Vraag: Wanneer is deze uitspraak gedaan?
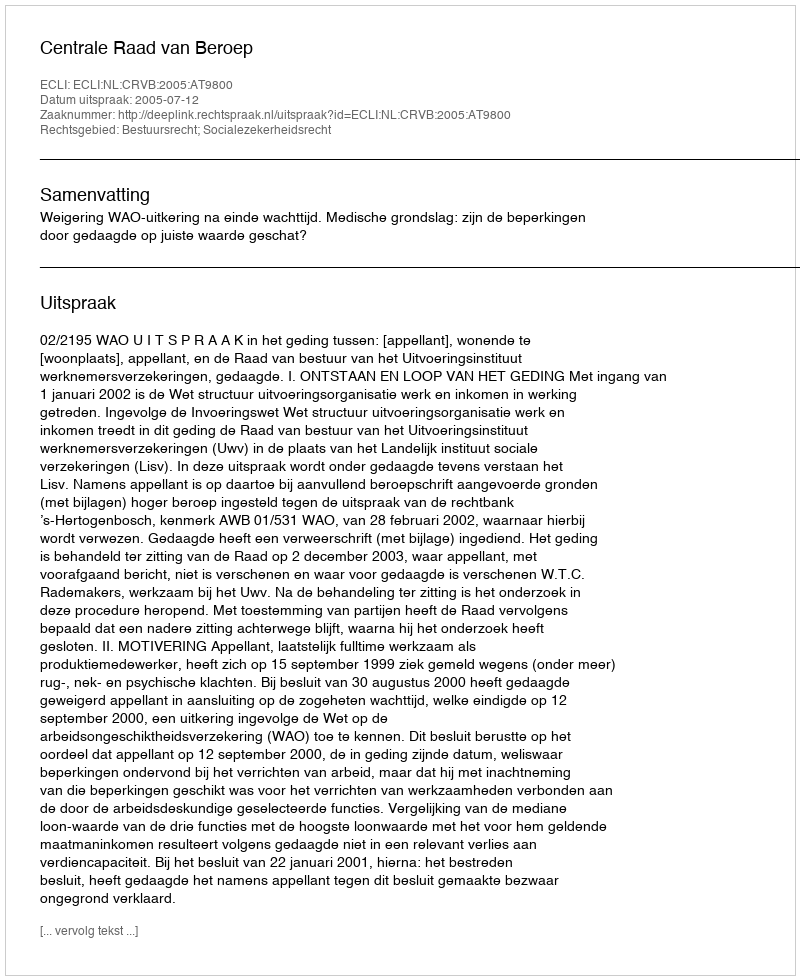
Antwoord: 2005-07-12